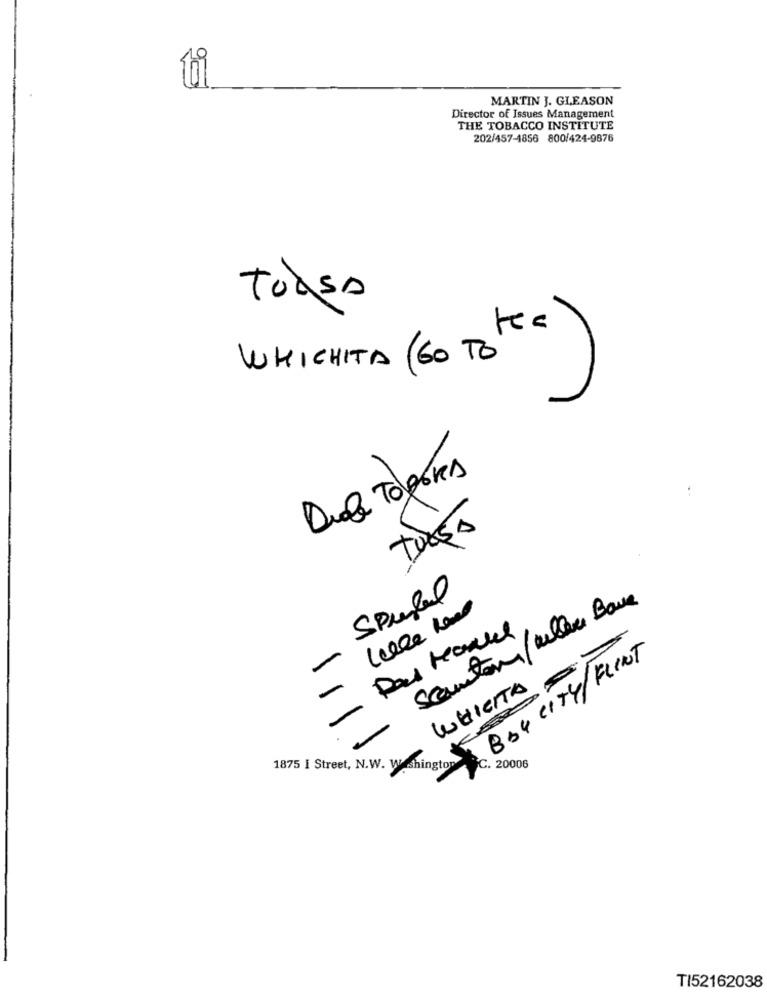
hi
MARTIN J. GLEASON
Director of Issues Management
THE TOBACCO INSTITUTE
202/457-1856 800/424-9876
ToAsA
WHICHITA (60 TO)
Diale Togores
tuess
Spubl
Sconton/weller Bare
BBY CITY/FLINT
WHIERTA
20006
1875 I Street, N.W. Washington
TI52162038